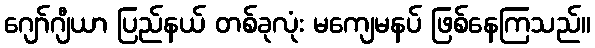
ဂျော်ဂျီယာ ပြည်နယ် တစ်ခုလုံး မကျေမနပ် ဖြစ်နေကြသည်။